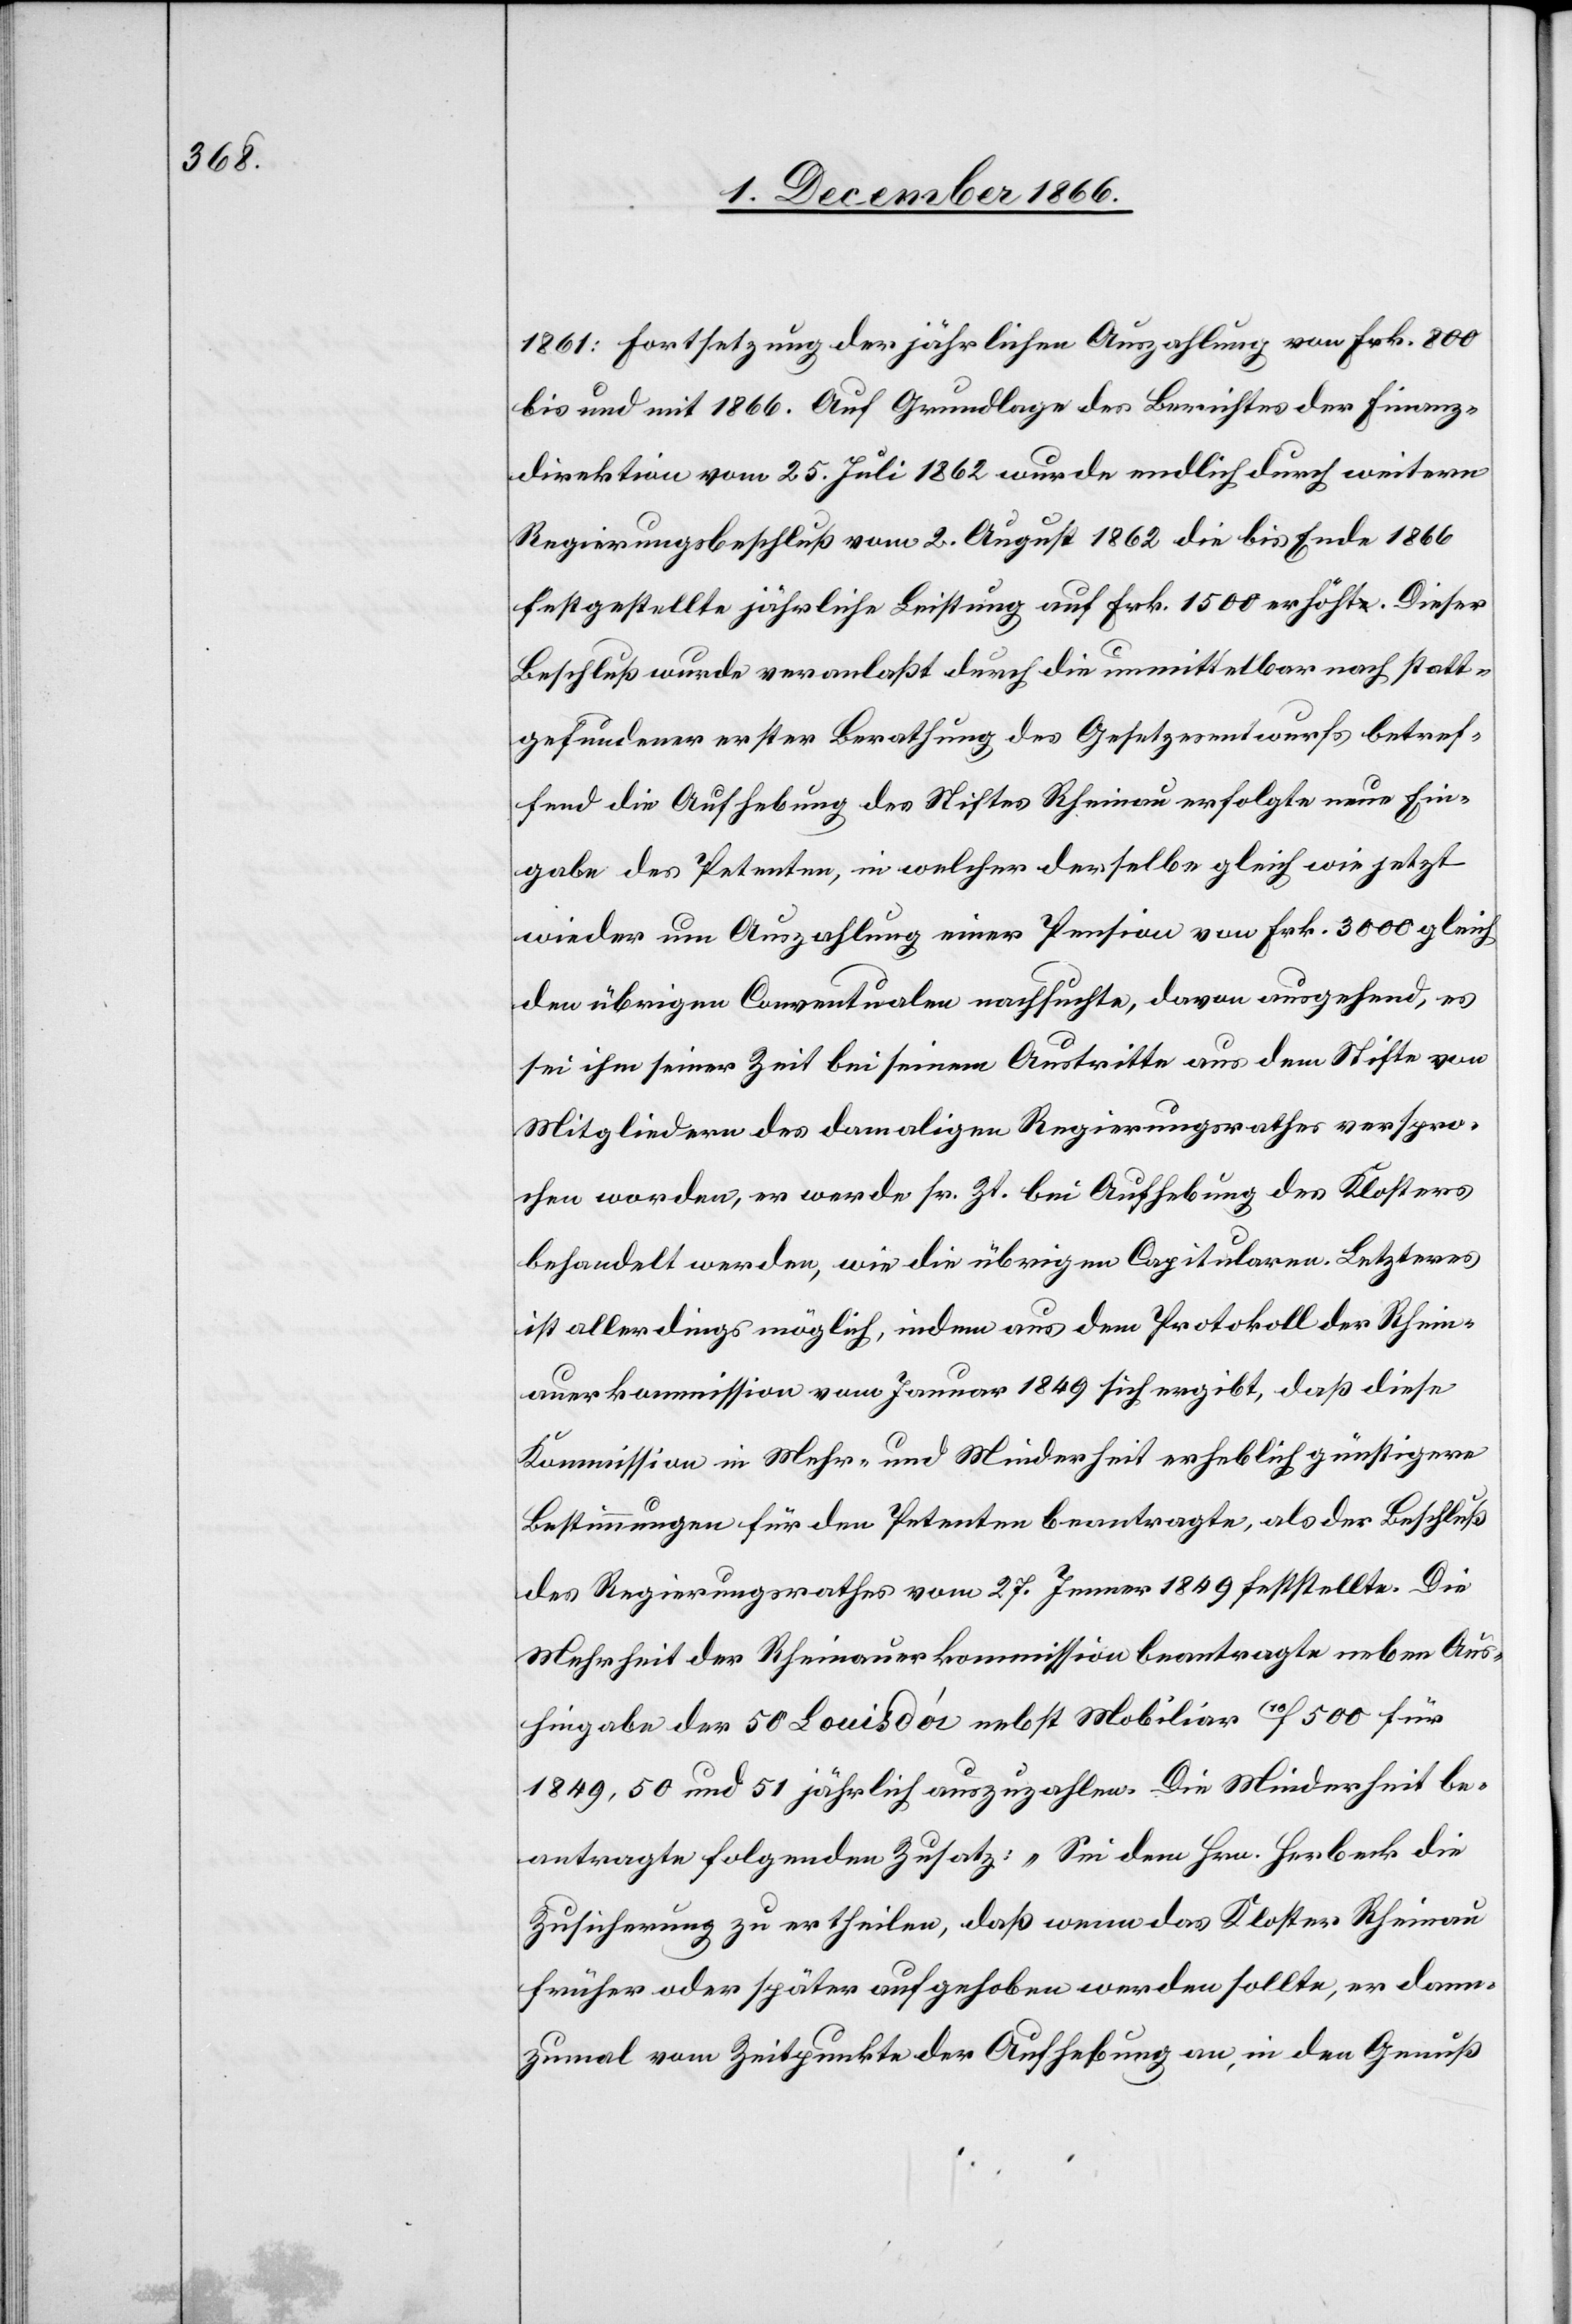
1861: Fortsetzung der jährlichen Auszahlung von Frk. 800
bis und mit 1866. Auf Grundlage des Berichtes der Finanz¬
direktion vom 25. Juli 1862 wurde endlich durch weitern
Regierungsbeschluß vom 2. August 1862 die bis Ende 1866
festgestellte jährliche Leistung auf Frk. 1500 erhöht. Dieser
Beschluß wurde veranlaßt durch die unmittelbar nach statt¬
gefundener erster Berathung des Gesetzesentwurfs betref¬
fend die Aufhebung des Stiftes Rheinau erfolgte neue Ein¬
gabe des Petenten, in welcher derselbe gleich wie jetzt
wieder um Auszahlung einer Pension von Frk. 3000 gleich
den übrigen Conventualen nachsuchte, davon ausgehend, es
sei ihm seiner Zeit bei seinem Austritte aus dem Stifte von
Mitgliedern des damaligen Regierungsrathes verspro¬
chen worden, es werde sr. Zt. bei Aufhebung des Klosters
behandelt werden, wie die übrigen Capitularen. Letzteres
ist allerdings möglich, indem aus dem Protokoll der Rhein¬
auerkommission vom Januar 1849 sich ergibt, daß diese
Kommission in Mehr- und Minderheit erheblich günstigere
Bestimmungen für den Petenten beantragte, als der Beschluß
des Regierungsrathes vom 27. Jenner 1849 feststellte. Die
Mehrheit der Rheinauerkommission beantragte neben Aus¬
hingabe der 50 Louisd’or nebst Mobiliar 10F 500 für
1849, 50 und 51 jährlich auszuzahlen. Die Minderheit be¬
antragte folgenden Zusatz: „Sei dem Hrn. Herbeck die
Zusicherung zu ertheilen, daß wenn das Kloster Rheinau
früher oder später aufgehoben werden sollte, er dann¬
zumal vom Zeitpunkte der Aufhebung an, in den Genuß